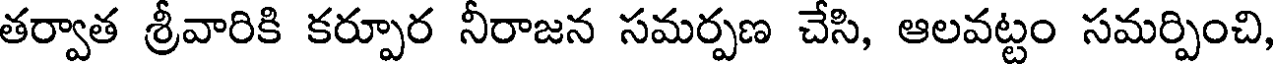
తర్వాత శ్రీవారికి కర్పూర నీరాజన సమర్పణ చేసి, ఆలవట్టం సమర్పించి,